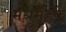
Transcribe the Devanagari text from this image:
मधुमेहके